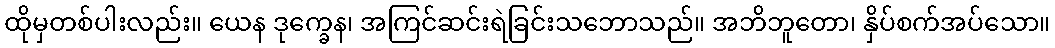
ထိုမှတစ်ပါးလည်း။ ယေန ဒုက္ခေန၊ အကြင်ဆင်းရဲခြင်းသဘောသည်။ အဘိဘူတော၊ နှိပ်စက်အပ်သော။